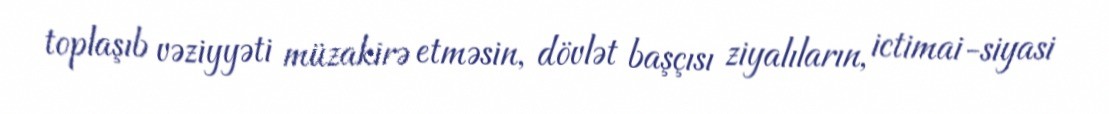
toplaşıb vəziyyəti müzakirə etməsin, dövlət başçısı ziyalıların, ictimai-siyasi